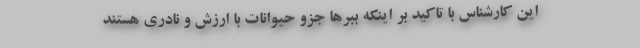
این کارشناس با تاکید بر اینکه ببرها جزو حیوانات با ارزش و نادری هستند